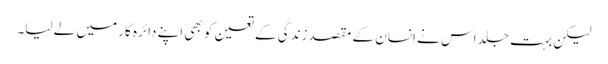
لیکن بہت جلد اس نے انسان کے مقصد زندگی کے تعین کو بھی اپنے دائرہ کار میں لے لیا۔